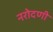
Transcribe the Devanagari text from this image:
नरोदणी